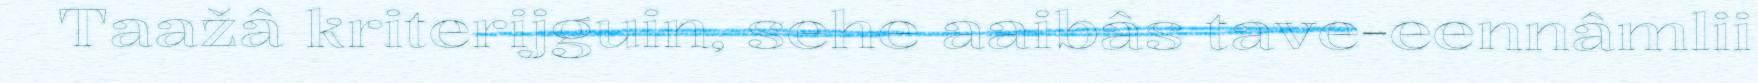
Taažâ kriterijguin, sehe aaibâs tave-eennâmlii